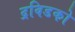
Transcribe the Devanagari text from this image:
द्रविडको